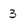
Character: 3